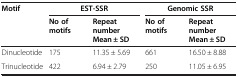
| Motif | <COLSPAN=2> EST-SSR | <COLSPAN=2> Genomic SSR |
 |  | No of motifs | Repeat number Mean ± SD | No of motifs | Repeat number Mean ± SD |
 | --- | --- | --- | --- | --- |
 | Dinucleotide | 175 | 11.35 ± 5.69 | 661 | 16.50 ± 8.88 |
 | Trinucleotide | 422 | 6.94 ± 2.79 | 250 | 11.05 ± 6.95 |